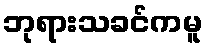
ဘုရားသခင်ကမူ